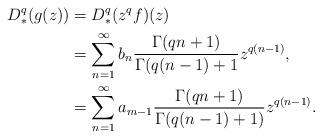
LaTeX: \begin{align*}D_*^q(g(z)) &= D_*^q(z^qf)(z)\\&=\sum_{n=1}^{\infty} b_n\frac{\Gamma(qn+1)}{\Gamma(q(n-1)+1}z^{q(n-1)},\\&=\sum_{n=1}^{\infty}a_{m-1}\frac{\Gamma(qn+1)}{\Gamma(q(n-1)+1)}z^{q(n-1)}.\end{align*}